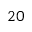
2 0